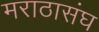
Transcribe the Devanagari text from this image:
मराठासंघ